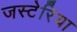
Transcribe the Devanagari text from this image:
जस्टेरिया